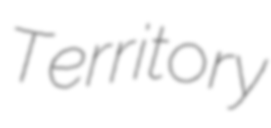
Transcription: Territory